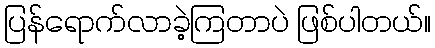
ပြန်ရောက်လာခဲ့ကြတာပဲ ဖြစ်ပါတယ်။